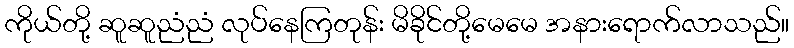
ကိုယ်တို့ ဆူဆူညံညံ လုပ်နေကြတုန်း မိခိုင်တို့မေမေ အနားရောက်လာသည်။